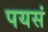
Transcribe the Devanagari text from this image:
पयसं